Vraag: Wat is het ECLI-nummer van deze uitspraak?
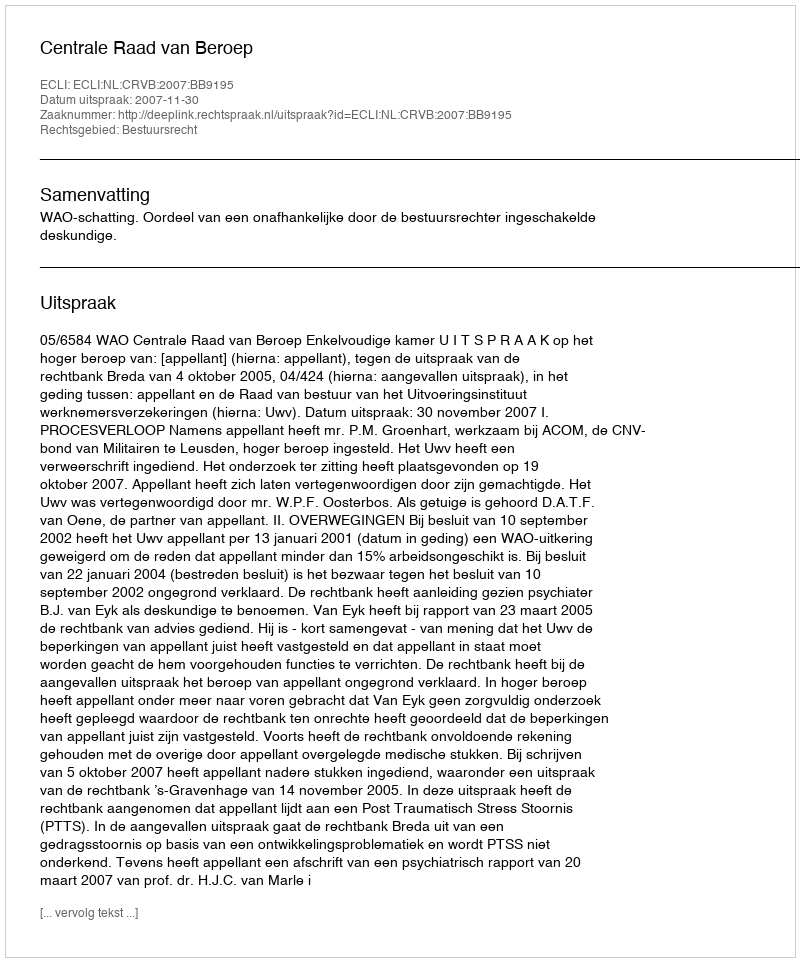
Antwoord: ECLI:NL:CRVB:2007:BB9195